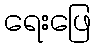
ရေးဖြေ